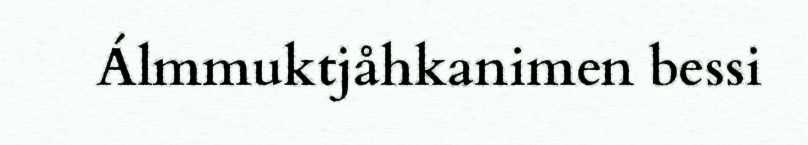
Álmmuktjåhkanimen bessi